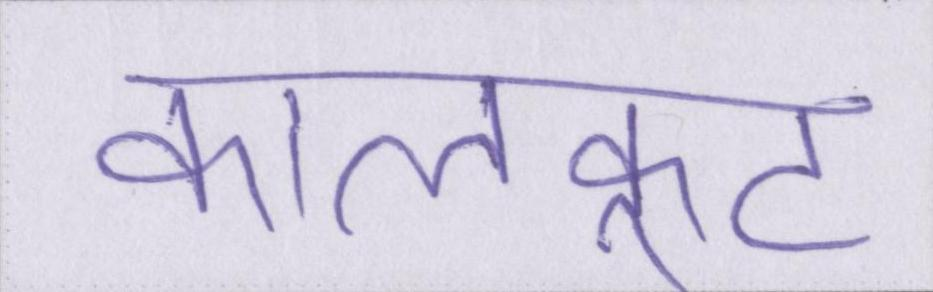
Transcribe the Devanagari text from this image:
कालकूट